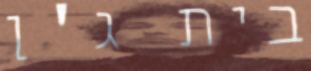
בית ג'ן